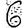
Digit: 6